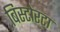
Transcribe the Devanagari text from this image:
बिस्टोरटा